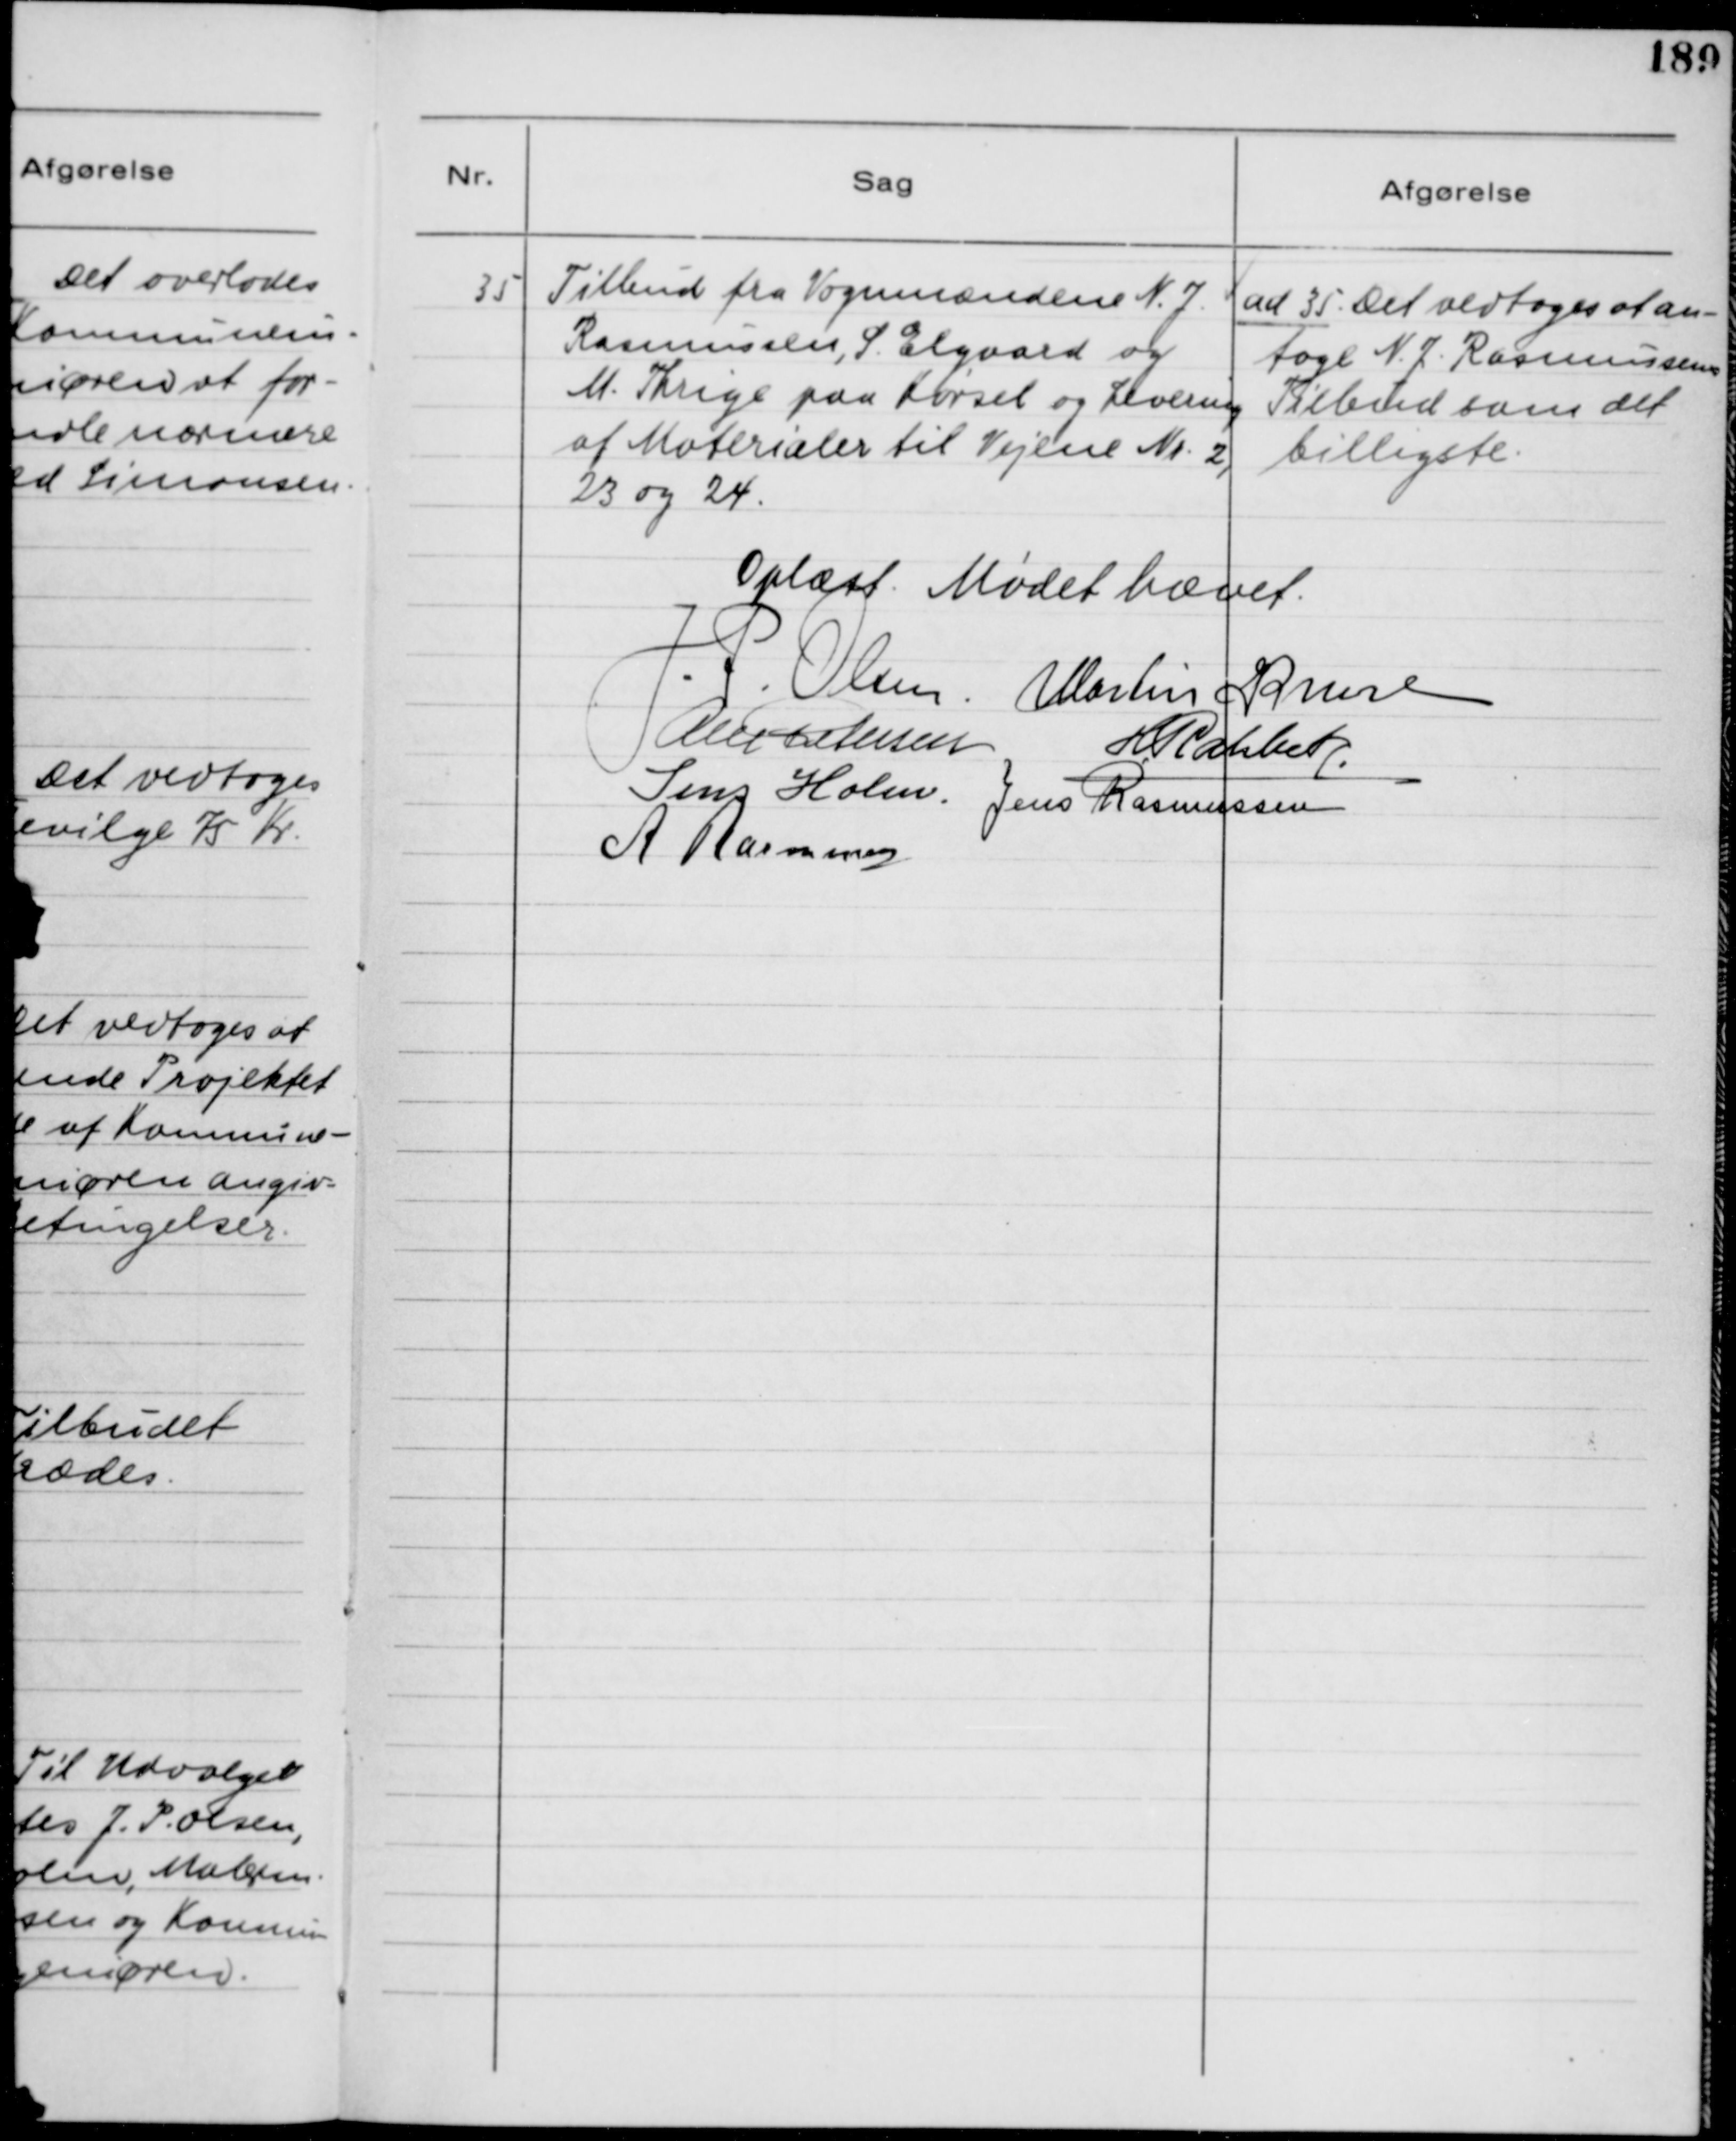
Transskription:
35

Tilbud fra Vognmændene N. J.
Rasmussen, S. Elgaard og
M. Thrige paa Kørsel og Levering
af Materialer til Vejene Nr. 2,
23 og 24.

ad 35. Det vedtoges at an-
tage N. J. Rasmussens
Tilbud som det
billigste.

Oplæst. Mødet hævet.